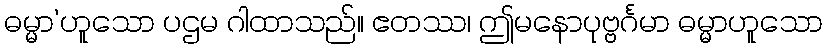
ဓမ္မာ’ဟူသော ပဌမ ဂါထာသည်။ ဧတဿ၊ ဤမနောပုဗ္ဗင်္ဂမာ ဓမ္မာဟူသော